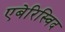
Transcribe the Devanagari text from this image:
एबेरिस्विद